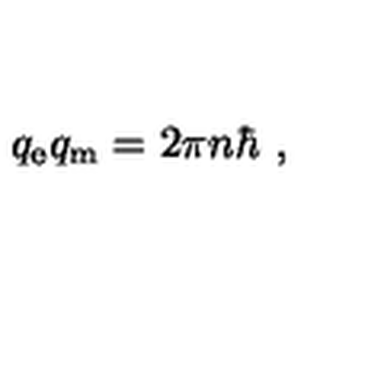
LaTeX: q _ { \mathrm { e } } q _ { \mathrm { m } } = 2 \pi n \hbar \ ,